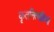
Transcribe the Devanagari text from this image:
कृतनित्यक्रियो